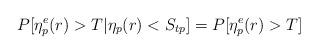
LaTeX: \begin{align*}P[{\eta}^e_p(r)>T|\eta_p(r)<S_{tp}]=P[{\eta}^e_p(r)>T]\end{align*}